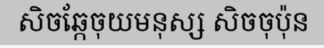
សិចឆ្កែចុយមនុស្ស សិចចុប៉ុន